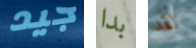
جيد بدا لقد